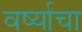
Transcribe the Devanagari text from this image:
वर्ष्याचा